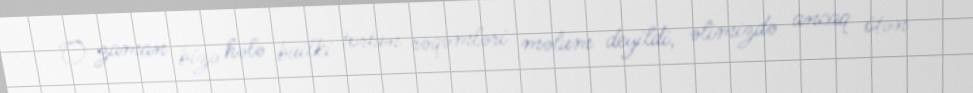
O zaman bizə hələ builki tortun rəqəmləri məlum deyildi, əlimizdə ancaq ötən